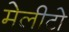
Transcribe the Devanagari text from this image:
मेलीटो